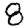
Digit: 8